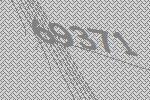
69371